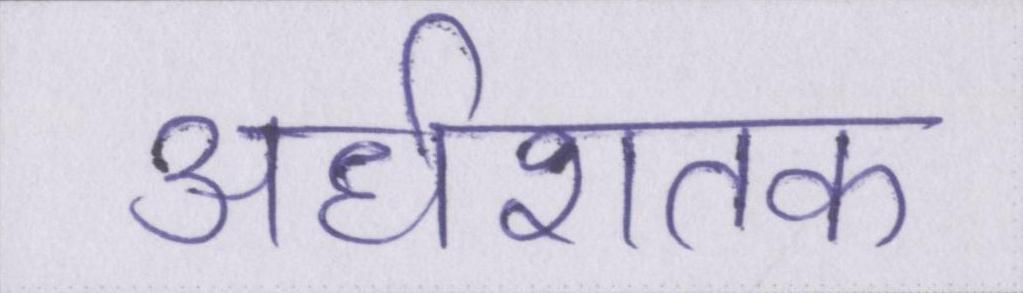
अर्धशतक